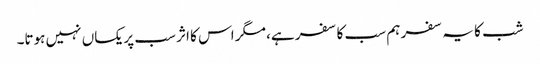
شب کا یہ سفر ہم سب کا سفر ہے، مگر اس کا اثر سب پر یکساں نہیں ہوتا۔